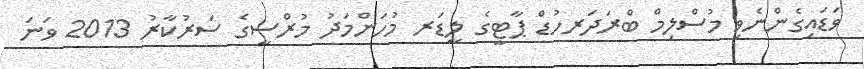
ވަޑައިގެންނެވި މުސްލިމް ބްރަދަރހުޑް ޕާޓީގެ ލީޑަރ މުހަންމަދު މުރްސީގެ ސަރުކާރު 2013 ވަނަ